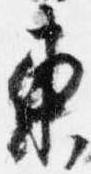
東